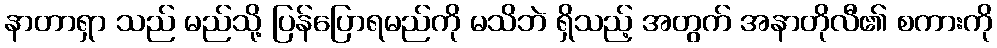
နာတာရှာ သည် မည်သို့ ပြန်ပြောရမည်ကို မသိဘဲ ရှိသည့် အတွက် အနာတိုလီ၏ စကားကို